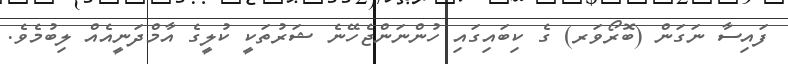
ފައިސާ ނަގަން (ބޮރޯވަރ) ގެ ކިބައިގައި ހުންނަންޖެހޭނެ ޝަރުތަކީ ކުލީގެ އާމްދަނީއެއް ލިބުމެވެ.